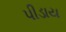
પીડાય